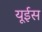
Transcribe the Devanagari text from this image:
यूईस